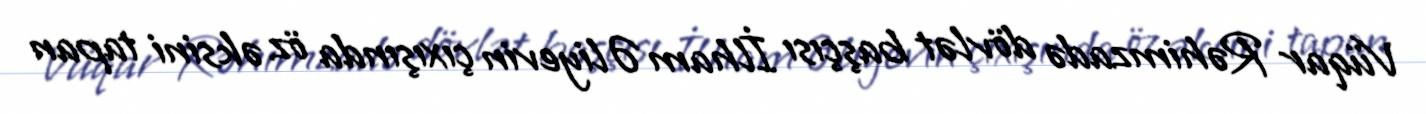
Vüqar Rəhimzadə dövlət başçısı İlham Əliyevin çıxışında öz əksini tapan